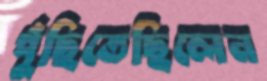
পুঁছিতেছিলেন